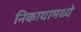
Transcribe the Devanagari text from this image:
निकायामध्ये